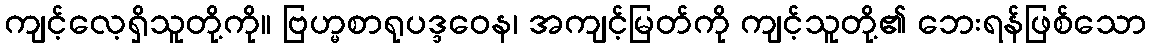
ကျင့်လေ့ရှိသူတို့ကို။ ဗြဟ္မစာရုပဒ္ဒဝေန၊ အကျင့်မြတ်ကို ကျင့်သူတို့၏ ဘေးရန်ဖြစ်သော